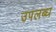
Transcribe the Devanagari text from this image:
उपलब्ध्‍ा